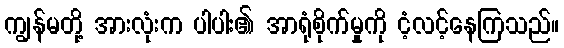
ကျွန်မတို့ အားလုံးက ပါပါး၏ အာရုံစိုက်မှုကို ငံ့လင့်နေကြသည်။